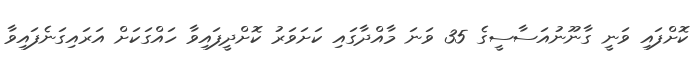
ކޮށްފައި ވަނީ ގާނޫނުއަސާސީގެ 35 ވަނަ މާއްދާގައި ކަށަވަރު ކޮށްދީފައިވާ ހައްގަކަށް އަރައިގަނެފައިވާ